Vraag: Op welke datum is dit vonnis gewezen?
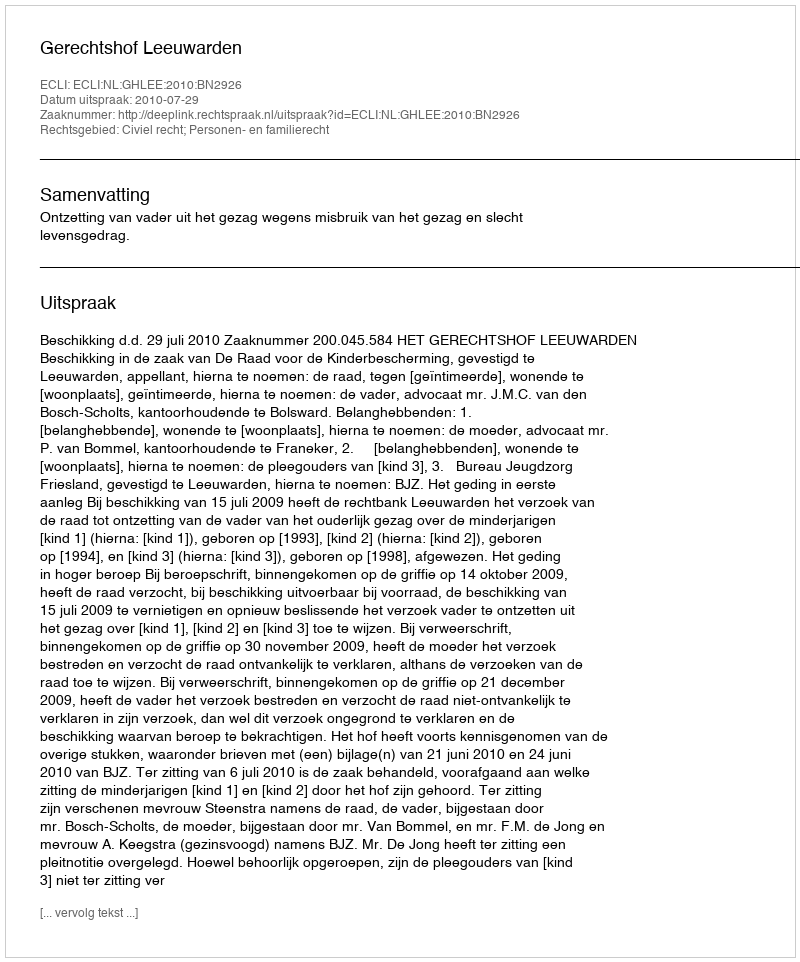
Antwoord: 2010-07-29